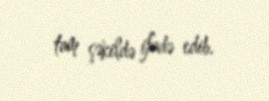
tam şəkildə ifadə edib.